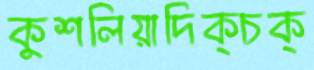
কুশলিয়াদিক্‌চক্